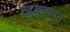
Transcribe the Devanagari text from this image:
जबान।